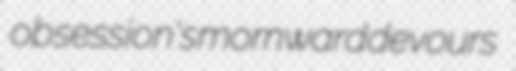
obsession's mornward devours